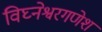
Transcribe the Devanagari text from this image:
विघ्नेश्वरगणेश